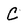
Character: C